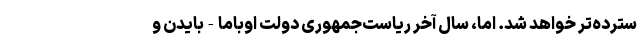
سترده‌تر خواهد شد. اما، سال آخر ریاست‌جمهوری دولت اوباما-بایدن و